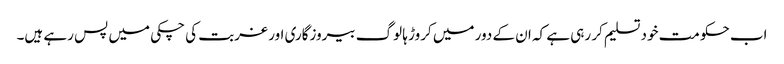
اب حکومت خود تسلیم کر رہی ہے کہ ان کے دور میں کروڑ ہا لوگ بیروزگاری اور غربت کی چکی میں پس رہے ہیں۔